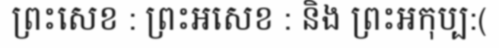
ព្រះសេខ : ព្រះអសេខ : និង ព្រះអកុប្ប:(